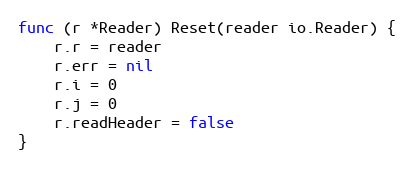
Language: Go
func (r *Reader) Reset(reader io.Reader) {
	r.r = reader
	r.err = nil
	r.i = 0
	r.j = 0
	r.readHeader = false
}